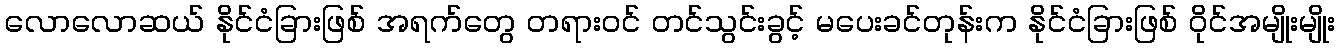
လောလောဆယ် နိုင်ငံခြားဖြစ် အရက်တွေ တရားဝင် တင်သွင်းခွင့် မပေးခင်တုန်းက နိုင်ငံခြားဖြစ် ဝိုင်အမျိုးမျိုး